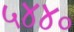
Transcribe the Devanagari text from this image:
५४४०